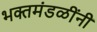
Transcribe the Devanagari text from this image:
भक्तमंडळींनी